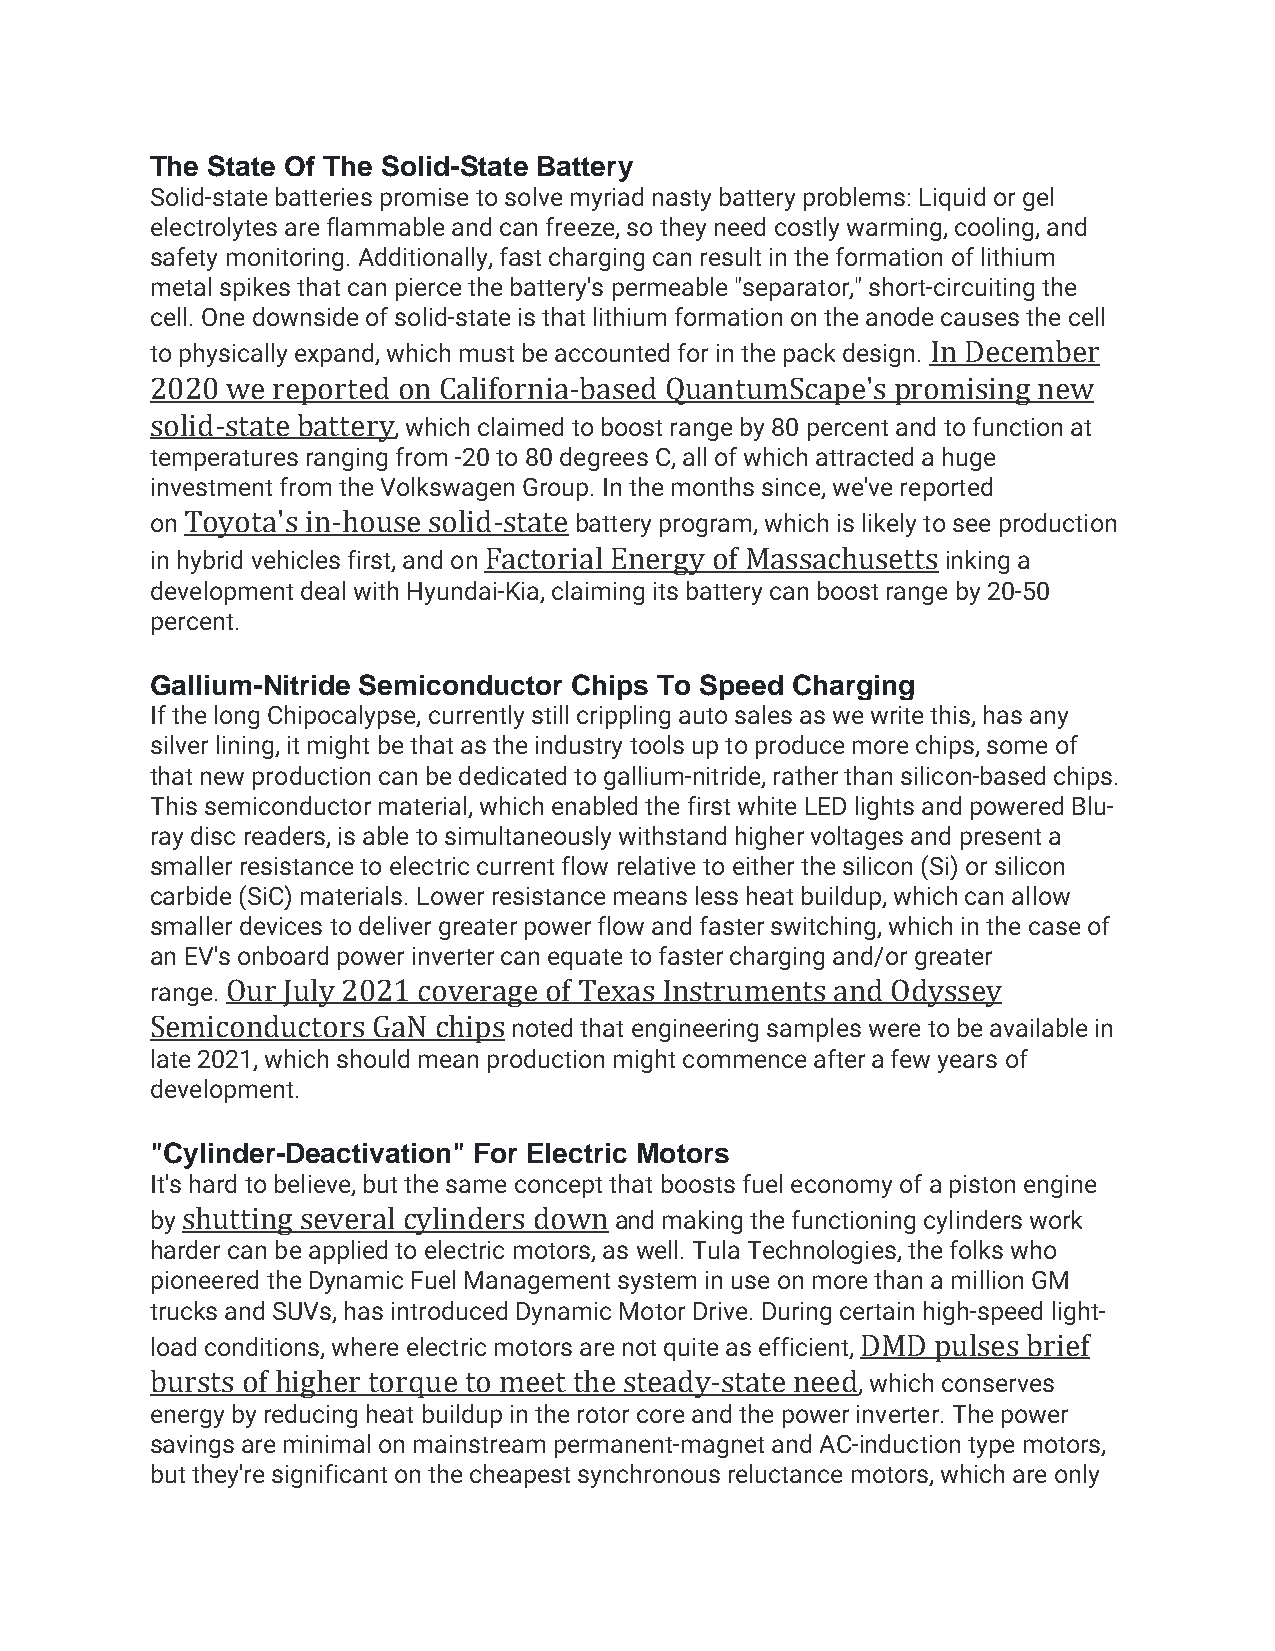
The State Of The Solid-State Battery
 Solid-state batteries promise to solve myriad nasty battery problems: Liquid or gel
 electrolytes are flammable and can freeze, so they need costly warming, cooling, and
 safety monitoring. Additionally, fast charging can result in the formation of lithium
 metal spikes that can pierce the battery's permeable "separator," short-circuiting the
 cell. One downside of solid-state is that lithium formation on the anode causes the cell
 to physically expand, which must be accounted for in the pack design. In December
 2020 we reported on California-based QuantumScape's promising new
 solid-state battery, which claimed to boost range by 80 percent and to function at
 temperatures ranging from -20 to 80 degrees C, all of which attracted a huge
 investment from the Volkswagen Group. In the months since, we've reported
 on Toyota's in-house solid-state battery program, which is likely to see production
 in hybrid vehicles first, and on Factorial Energy of Massachusetts inking a
 development deal with Hyundai-Kia, claiming its battery can boost range by 20-50
 percent.
 Gallium-Nitride Semiconductor Chips To Speed Charging
 If the long Chipocalypse, currently still crippling auto sales as we write this, has any
 silver lining, it might be that as the industry tools up to produce more chips, some of
 that new production can be dedicated to gallium-nitride, rather than silicon-based chips.
 This semiconductor material, which enabled the first white LED lights and powered Blu-
 ray disc readers, is able to simultaneously withstand higher voltages and present a
 smaller resistance to electric current flow relative to either the silicon (Si) or silicon
 carbide (SiC) materials. Lower resistance means less heat buildup, which can allow
 smaller devices to deliver greater power flow and faster switching, which in the case of
 an EV's onboard power inverter can equate to faster charging and/or greater
 range. Our July 2021 coverage of Texas Instruments and Odyssey
 Semiconductors GaN chips noted that engineering samples were to be available in
 late 2021, which should mean production might commence after a few years of
 development.
 "Cylinder-Deactivation" For Electric Motors
 It's hard to believe, but the same concept that boosts fuel economy of a piston engine
 by shutting several cylinders down and making the functioning cylinders work
 harder can be applied to electric motors, as well. Tula Technologies, the folks who
 pioneered the Dynamic Fuel Management system in use on more than a million GM
 trucks and SUVs, has introduced Dynamic Motor Drive. During certain high-speed light-
 load conditions, where electric motors are not quite as efficient, DMD pulses brief
 bursts of higher torque to meet the steady-state need, which conserves
 energy by reducing heat buildup in the rotor core and the power inverter. The power
 savings are minimal on mainstream permanent-magnet and AC-induction type motors,
 but they're significant on the cheapest synchronous reluctance motors, which are only